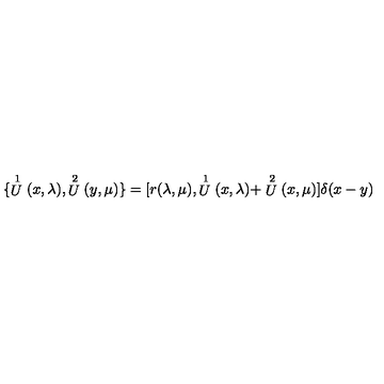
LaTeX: \{ \stackrel { 1 } { U } ( x , \lambda ) , \stackrel { 2 } { U } ( y , \mu ) \} = { [ } r ( \lambda , \mu ) , \stackrel { 1 } { U } ( x , \lambda ) + \stackrel { 2 } { U } ( x , \mu ) { ] } \delta ( x - y )